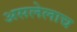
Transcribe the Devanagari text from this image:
असलेलाच